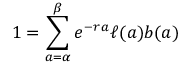
1 = \sum _ { a = \alpha } ^ { \beta } e ^ { - r a } \ell ( a ) b ( a )